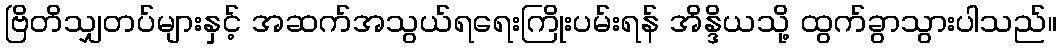
ဗြိတိသျှတပ်များနှင့် အဆက်အသွယ်ရရေးကြိုးပမ်းရန် အိန္ဒိယသို့ ထွက်ခွာသွားပါသည်။